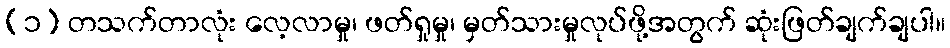
(၁) တသက်တာလုံး လေ့လာမှု၊ ဖတ်ရှုမှု၊ မှတ်သားမှုလုပ်ဖို့အတွက် ဆုံးဖြတ်ချက်ချပါ။